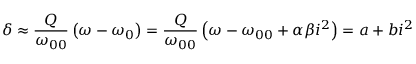
\delta \approx \frac { Q } { \omega _ { 0 0 } } \left( \omega - \omega _ { 0 } \right) = \frac { Q } { \omega _ { 0 0 } } \left( \omega - \omega _ { 0 0 } + \alpha \beta i ^ { 2 } \right) = a + b i ^ { 2 }